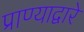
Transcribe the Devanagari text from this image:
प्राण्याद्वारे